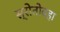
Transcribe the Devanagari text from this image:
स्रोतोवहा